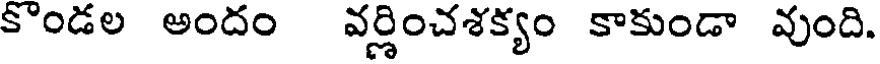
కొండల అందం వర్ణించశక్యం కాకుండా వుంది.